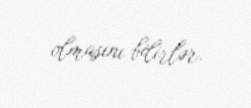
olmasını bilirlər.